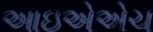
આઇએએચ